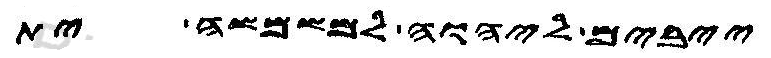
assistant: ייבים ליהוה למשמשה ית